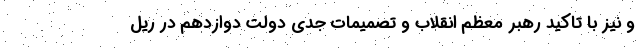
و نیز با تاکید رهبر معظم انقلاب و تصمیمات جدی دولت دوازدهم در ریل